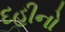
દહીનો